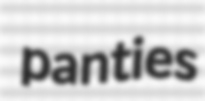
panties